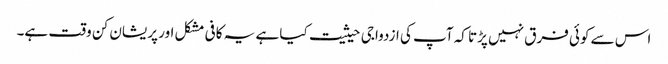
اس سے کوئی فرق نہیں پڑتا کہ آپ کی ازدواجی حیثیت کیا ہے یہ کافی مشکل اور پریشان کن وقت ہے۔